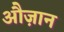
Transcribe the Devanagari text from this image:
औज़ान